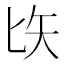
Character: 𠤑